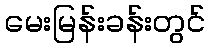
မေးမြန်းခန်းတွင်